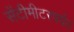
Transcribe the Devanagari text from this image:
सेंटीमीटरपर्यंत